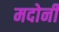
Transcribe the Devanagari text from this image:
मदोनी